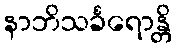
နာဘိသင်္ခရောန္တိ